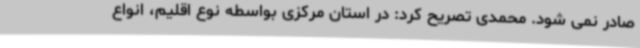
صادر نمی شود. محمدی تصریح کرد: در استان مرکزی بواسطه نوع اقلیم، انواع